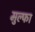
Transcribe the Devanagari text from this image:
मुल्फा